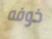
خوفه